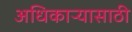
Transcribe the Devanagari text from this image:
अधिकाऱ्यासाठी